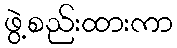
ဖွဲ့စည်းထားကာ